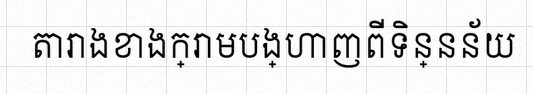
តារាងខាងក្រោមបង្ហាញពីទិន្នន័យ